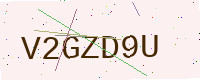
Text: V2GZD9U